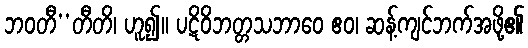
ဘဝတီ’’တီတိ၊ ဟူ၍။ ပဋိဝိဘတ္တသဘာဝေ ဧဝ၊ ဆန့်ကျင်ဘက်အဖို့၏